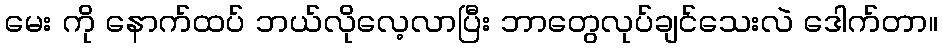
မေး ကို နောက်ထပ် ဘယ်လိုလေ့လာပြီး ဘာတွေလုပ်ချင်သေးလဲ ဒေါက်တာ။